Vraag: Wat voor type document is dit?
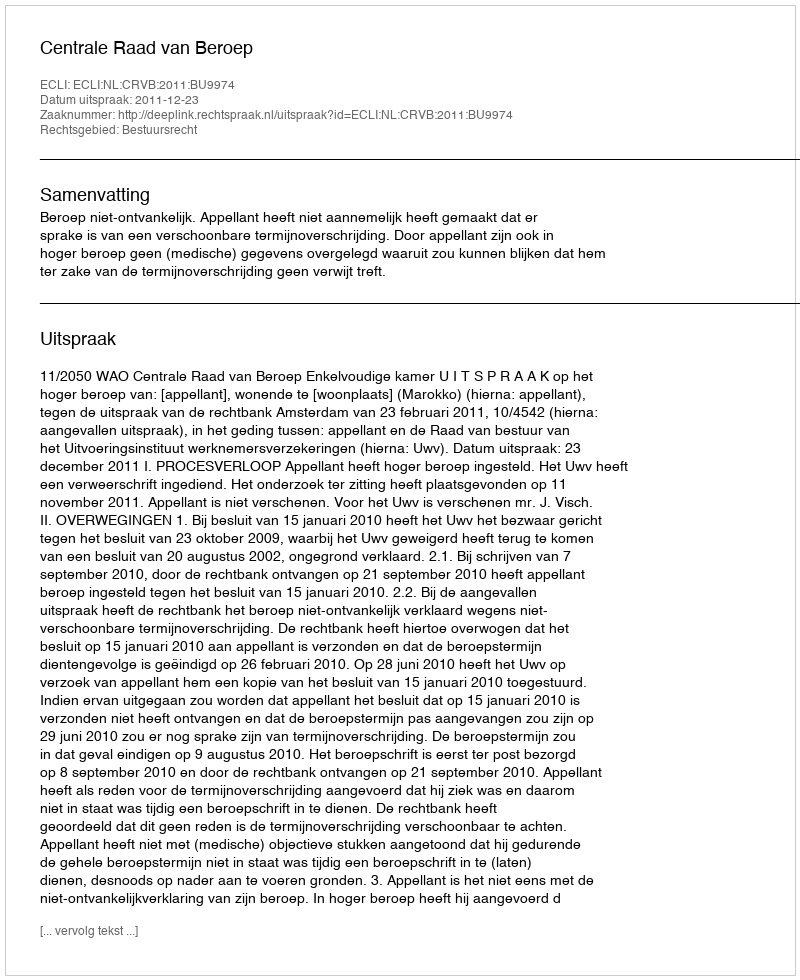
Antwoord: Uitspraak